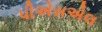
પીએસએલ